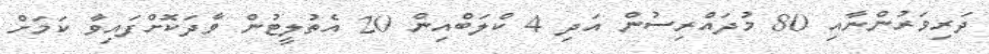
ދަރިވަރުންނާއި 80 މުދައްރިސުން އަދި 4 ކްލަބްއިން 20 އެތުލީޓުން ވާދަކޮށްފައިވާ ކަމަށް